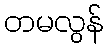
တမလွန်